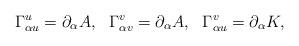
LaTeX: \begin{align*}\Gamma^{u}_{\alpha u}=\partial _{\alpha} A ,~~ \Gamma^{v}_{\alpha v}=\partial _{\alpha} A,~~ \Gamma^{v}_{\alpha u}=\partial _{\alpha} K, \end{align*}